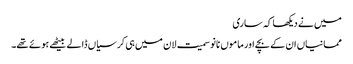
میں نے دیکھا کہ ساری
ممانیاں ان کے بچے اور ماموں نانو سمیت لان میں ہی کرسیاں ڈالے بیٹھے ہوئے تھے۔